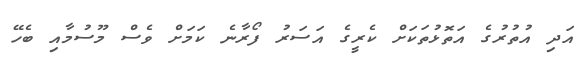
އަދި އުތުރުގެ އަތޮޅުތަކަށް ކެރީގެ އަސަރު ފޯރާނެ ކަމަށް ވެސް މޫސުމާއި ބެހޭ